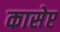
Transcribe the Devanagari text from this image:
कासेप्ट